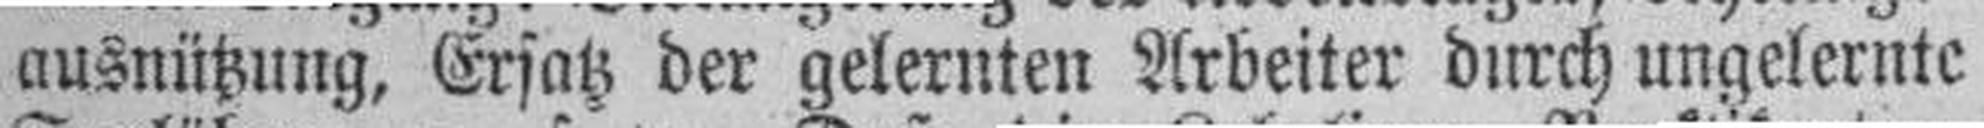
ausnützung, Ersatz der gelernten Arbeiter durch ungelernte